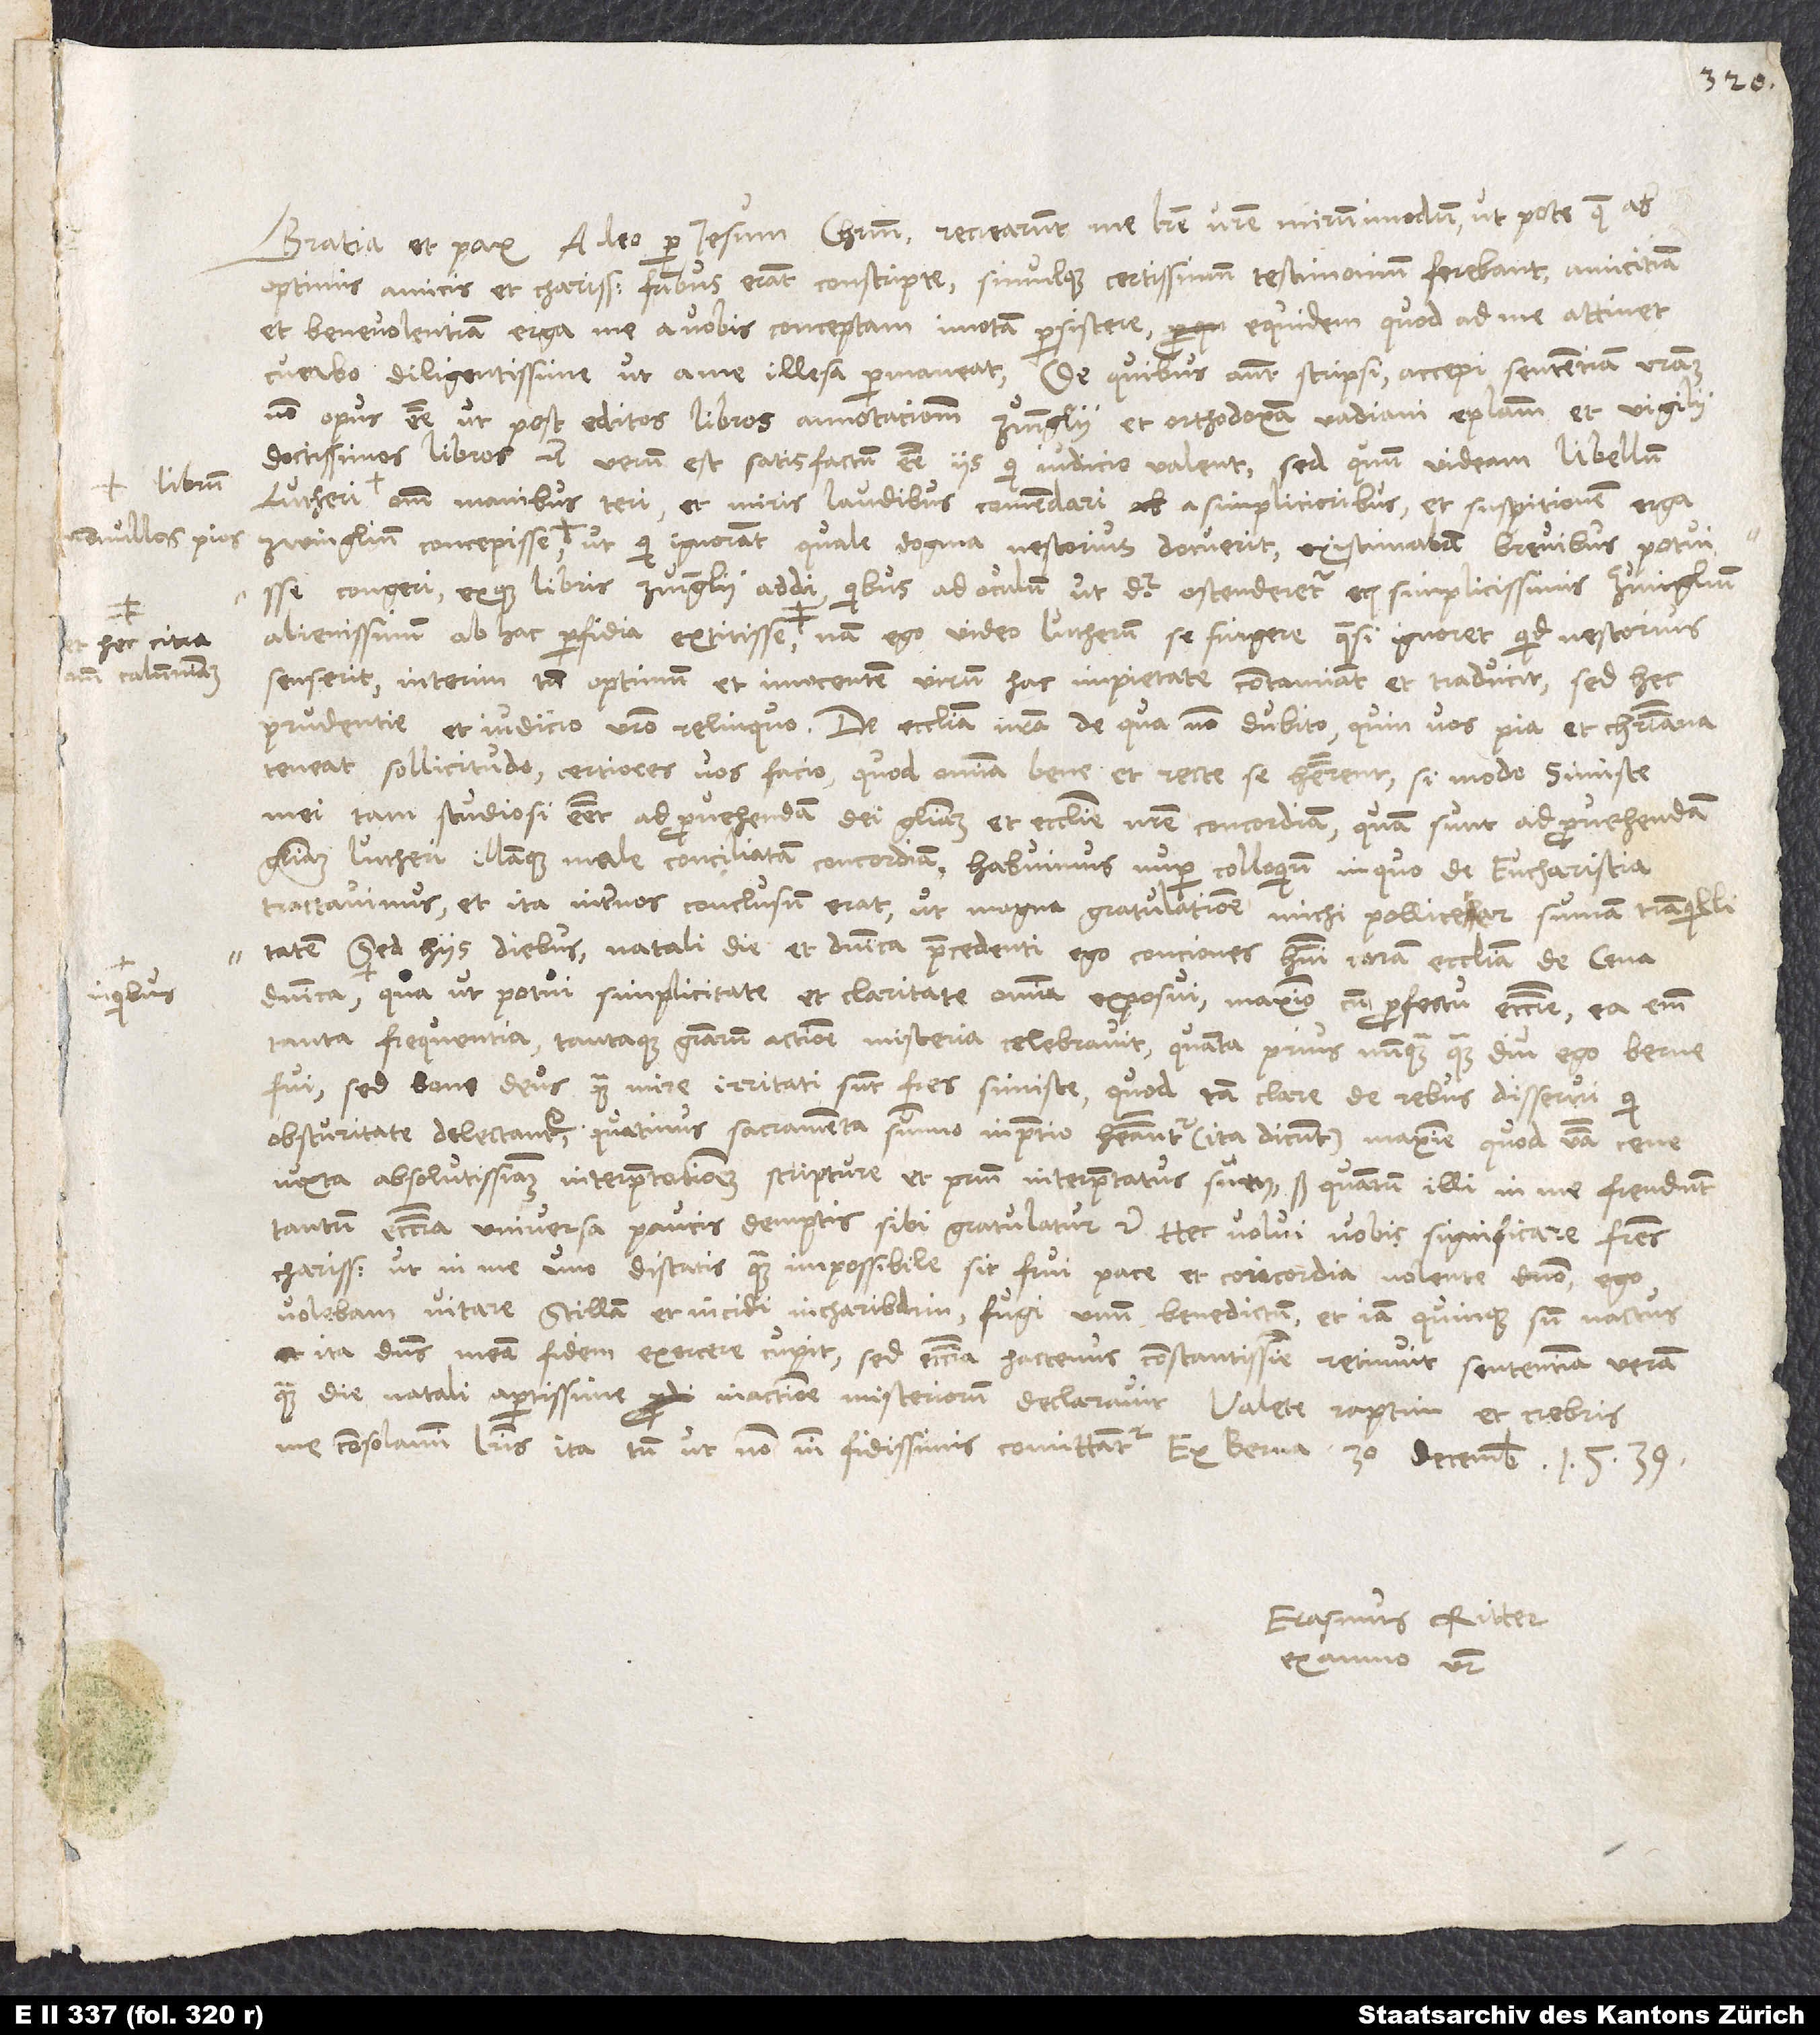
nonnullos pios,
et hec citra
omnem calumniam.
in quibus

Gratia et pax. Adeo per Iesum Christum recrearunt me litere vestre mirum in modum, utpote quae ab
optimis amicis et charissimis fratribus erant conscripte simulque certissimum testimonium ferebant amicitiam
et benevolentiam erga me a vobis conceptam immotam persistere. Equidem, quod ad me attinet,
curabo diligentissime, ut a me illesa permaneat. De quibus autem scripsi, accepi sententiam vestram
non opus esse, ut post editos libros Annotacionum Zvinglii et Orthodoxam Vadiani epistolam et Vigilii
doctissimos libros etc. Verum est satisfactum esse iis, qui iudicio valent; sed quum videam libellum
Lutheri omnium manibus teri et miris laudibus comendari a simplicioribus et suspitionem erga
congeri exque libris Zvinglii addi, quibus ad oculum, ut dicitur, ostenderetur etiam simplicissimis Zvinglium
senserit; interim tamen optimum et innocentem virum hac impietate contaminat et traducit. Sed hec
prudentie et iudicio vestro relinquo. De ecclesia nostra, de qua non dubito, quin vos pia et christiana
teneat sollicitudo, certiores vos facio, quod omnia bene et recte se haberent, si modo simiste
mei tam studiosi essent ad provehendam dei gloriam et ecclesie nostre concordiam, quam sunt ad provehendam
gloriam Lutheri illamque male conciliatam concordiam. Habuimus nuper colloquium, in quo de eucharistia
tractavimus, et ita inter nos conclusum erat, ut magna gratulatione michi pollicerer summam tranquillitatem.
Sed hiis diebus, natali die et dominica praecedenti, ego conciones habui coram ecclesiam de cena
potui simplicitate et claritate omnia exposui maximo cum profectu ecclesie; ea enim
tanta frequentia tantaque gratiarum actione misteria celebravit, quanta prius nunquam, quam diu ego Berne
fui. Sed bone deus, quam mire irritati sunt fratres simiste, quod tam clare de rebus disserui, qui
obscuritate delectantur, quatinus sacramenta summo in pretio habeantur (ita dicunt), maxime quod verba cene
iuxta absolutissimam interpretationem scripture et patrum interpretatus sum. Sed quantum illi in me frendunt,
tantum ecclesia universa paucis demptis sibi gratulatur etc. Hec volui vobis significare, fratres
charissimi, ut in me uno discatis, quam impossibile sit frui pace et concordia nolente domino. Ego
volebam vitare Scillam et incidi in Charibdim, fugi unum Benedictum et iam quinque sum nactus;
ita dominus meam fidem exercere cupit. Sed ecclesia hactenus constantissime retinuit sententiam veram,
quam die natali apertissime in actione misteriorum declaravit. Valete raptim et crebris
me consolamini literis, ita tamen, ut non nisi fidissimis comittantur. Ex Berna, 30. decembris 1539.
Erasmus Ritter,
ex animo vester.